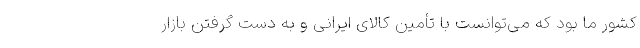
کشور ما بود که می‌توانست با تأمین کالای ایرانی و به دست گرفتن بازار